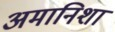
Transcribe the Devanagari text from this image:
अमानिशा